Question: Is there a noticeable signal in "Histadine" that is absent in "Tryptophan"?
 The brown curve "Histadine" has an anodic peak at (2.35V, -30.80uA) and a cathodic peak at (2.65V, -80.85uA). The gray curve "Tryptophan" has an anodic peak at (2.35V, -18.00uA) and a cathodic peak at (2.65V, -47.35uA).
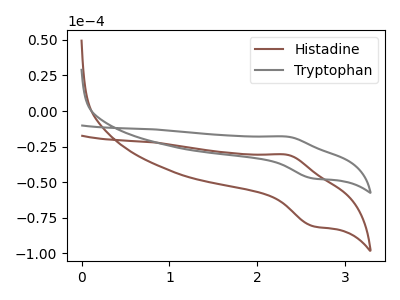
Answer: <think>All the peaks in "Histadine" have a peak in "Tryptophan" at the same potential.
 </think>
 <answer>No, "Histadine" and "Tryptophan" don't appear to be significantly different in shape</answer>
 <eval>no_change</eval>